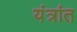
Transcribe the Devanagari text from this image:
यंत्रांत